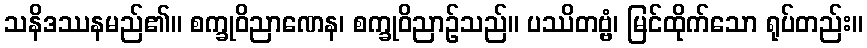
သနိဒဿနမည်၏။ စက္ခုဝိညာဏေန၊ စက္ခုဝိညာဉ်သည်။ ပဿိတဗ္ဗံ၊ မြင်ထိုက်သော ရုပ်တည်း။